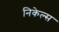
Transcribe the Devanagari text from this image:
निकेल्स